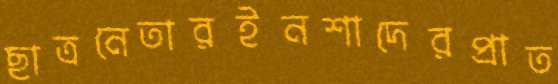
ছাত্রনেতারইনশাদেরপ্রাত